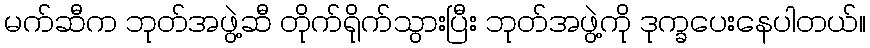
မက်ဆီက ဘုတ်အဖွဲ့ဆီ တိုက်ရိုက်သွားပြီး ဘုတ်အဖွဲ့ကို ဒုက္ခပေးနေပါတယ်။